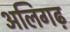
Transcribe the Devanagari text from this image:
अलिगढ़